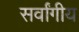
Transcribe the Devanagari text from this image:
सर्वांगीय